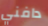
دافني